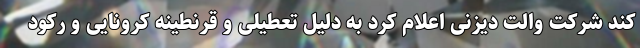
کند شرکت والت دیزنی اعلام کرد به دلیل تعطیلی و قرنطینه کرونایی و رکود